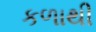
કળાથી